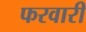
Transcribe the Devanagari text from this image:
फरवारी